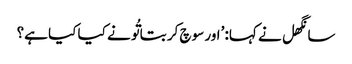
سانگھل نے کہا: ’اور سوچ کر بتا تُو نے کیا کیا ہے؟